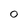
Character: 0